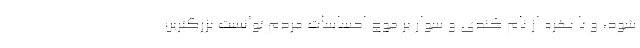
شود، و با بهره از نام کندی و سوار بر موج احساسات مردم توانست بزرگترین